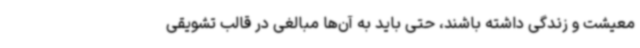
معیشت و زندگی داشته باشند، حتی باید به آن‌ها مبالغی در قالب تشویقی